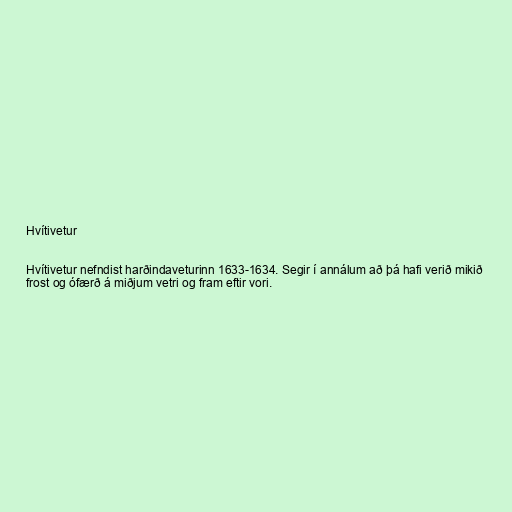
Hvítivetur

Hvítivetur nefndist harðindaveturinn 1633-1634. Segir í annálum að þá hafi verið mikið
frost og ófærð á miðjum vetri og fram eftir vori.